Vaccination Hyderabad 1890-1903 - 1890-1903
Year: 1890
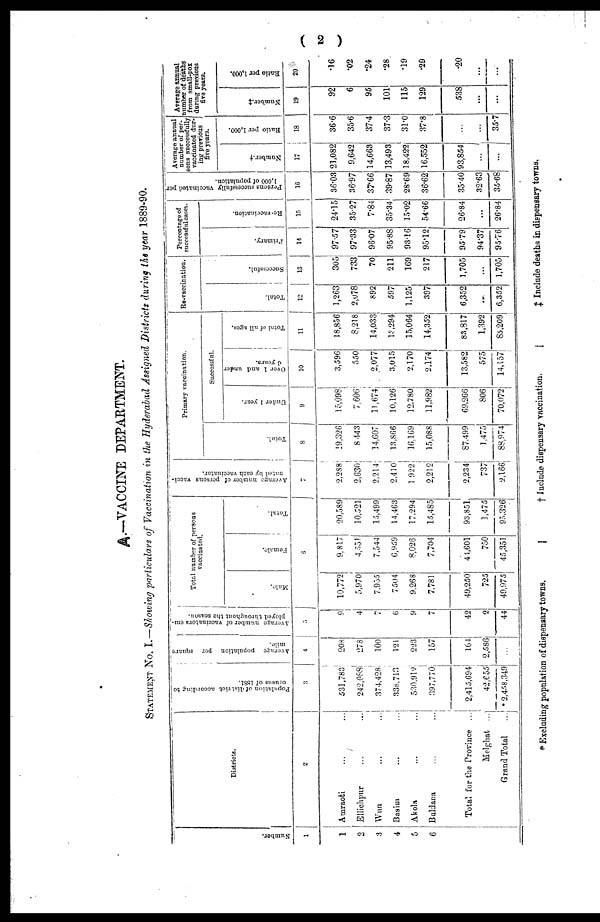
( 2 )
A.—VACCINE DEPARTMENT.
STATEMENT NO. I.—Showing particulars of Vaccination in the Hyderabad Assigned Districts during the year 1889-90.
Number.
1
1
2
3
4
5
6
Districts.
2
Amraoti ... ... ...
Ellichpur ... ... ...
Wun ... ... ...
Basim ... ... ...
Akola ... ... ...
Buldana ... ... ...
Total for the Province ...
Melghat ...
Grand Total ...
Population of district according to
census of 1881.
3
531,783
242,088
374,428
338,713
530,912
397,770
2,415,694
42,655
* 2,458,349
Average population per square
mile.
4
208
278
100
121
223
157
164
2,586
...
Average number of vaccinators em-
ployed throughout the season.
5
9
4
7
6
9
7
42
2
44
Total number of persons
vaccinated.
Male.
Female.
Total.
6
10,772
5,970
7,955
7504
9,268
7,781
49,250
725
49,975
9,817
4,551
7,544
6,959
8,026
7,704
44,601
750
45,351
20,589
10,521
15,499
14,463
17,294
15,485
93,851
1,475
95,326
Average number of persons vacci-
nated by each vaccinator.
7
2,288
2,630
2,214
2,410
1922
2,212
2,234
737
2,166
Primary vaccination.
Total.
8
19,326
8 443
14,607
13,866
16,169
15,088
87,499
1,475
88,974
Successful
Under 1 year.
9
15,098
7,606
11,674
10,126
12,780
11,982
69,266
806
70,072
Over 1 and under
0 years.
10
3,596
550
2,077
3,015
2,170
2,174
13,582
575
14,157
Total of all ages.
11
18,856
8,218
14,033
13,294
15,064
14,352
83,817
1,392
85,209
Re-vaccination.
Total.
12
1,263
2,078
892
597
1,125
397
6,352
....
6,352
Successful.
13
305
733
70
211
169
217
1,705
...
1,705
Percentage of
successful cases.
Primary.
14
97.57
97.33
96.07
95.88
93.16
95.12
95.79
94.37
95.76
Re-vaccination.
15
24.15
35.27
7.84
35.34
15.02
54.66
26.84
26.84
Persons successfully vaccinated per
1,000 of population.
16
36.03
36.97
37.66
39.87
28.69
36.62
35.40
32.63
35.68
Average annual
number of per-
sons successfully
vaccinated dur-
ing' previous
five years.
Number.†
17
21,082
9,642
14,663
13,493
18,422
16,552
93,854
...
...
Ratio per 1,000.
18
36.6
35.6
37.4
37.3
31.0
37.8
...
...
35.7
Average annual
number of. deaths
from small-pox
during previous
five years.
Number.‡
19
92
6
95
101
115
129
538
...
...
Ratio per 1,000.
20
.16
.02
.24
.28
.19
.29
.20
...
...
* Excluding population of dispensary towns.
† Include dispensary vaccination.
‡ Include deaths in dispensary towns.